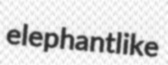
elephantlike